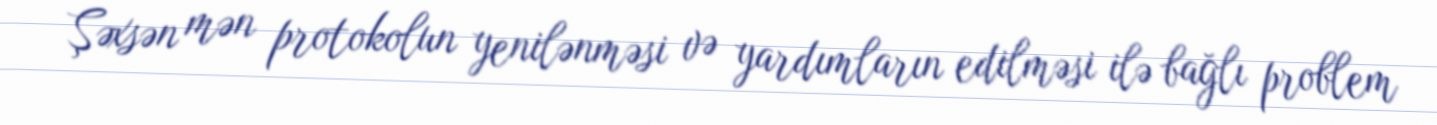
Şəxsən mən protokolun yenilənməsi və yardımların edilməsi ilə bağlı problem